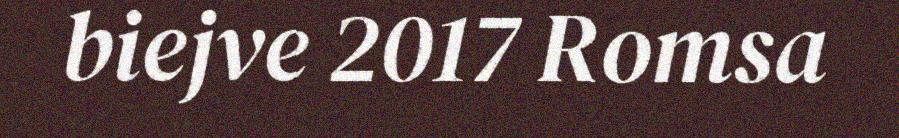
biejve 2017 Romsa